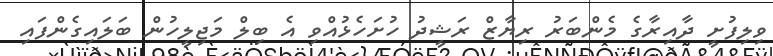
ވިލިފުށީ ދާއިރާގެ މެންބަރު ރިޔާޒް ރަޝީދު ހުށަހެޅުއްވި އެ ބިލް މަޖިލީހުން ބަލައިގެންފައި